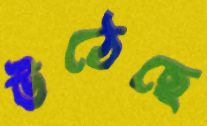
উঠেছে